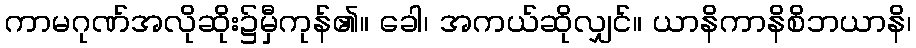
ကာမဂုဏ်အလိုဆိုး၌မှီကုန်၏။ ခေါ၊ အကယ်ဆိုလျှင်။ ယာနိကာနိစိဘယာနိ၊